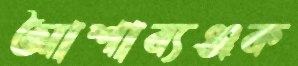
আশাব্যঞ্জক